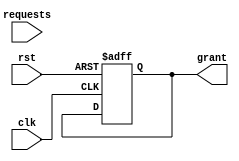
module SerialArbiter (
    input wire clk, // clock signal
    input wire rst, // reset signal
    input wire [7:0] requests, // incoming requests
    output wire grant // grant signal
);

reg [7:0] request_buffer; // buffer to store requests temporarily
reg [3:0] priority; // priority encoder to prioritize requests

always @(posedge clk or posedge rst) begin
    if (rst) begin
        request_buffer <= 8'b0;
        priority <= 4'b0;
    end else begin
        request_buffer <= requests;
        // priority encoding logic goes here to determine the highest priority request
    end
end

always @(posedge clk or posedge rst) begin
    if (rst) begin
        grant <= 1'b0;
    end else begin
        // grant logic goes here to grant access to system resources in a fair and efficient manner
    end
end

endmodule